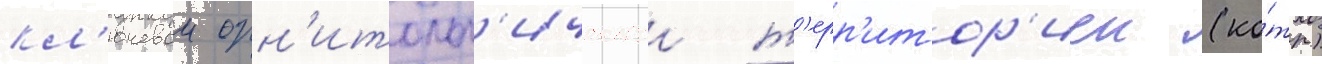
кл'ючевои орн'итолог'ическои т'ерр'итор'иеи (ко́тр)